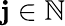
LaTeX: \mathbf{j}\in\mathbb{N}